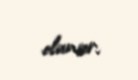
olunur.